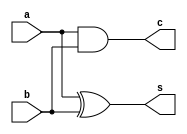
module half_adder(a, b, s, c); 
  input a,b;
  output s,c;

  xor x1(s,a,b);
  and a1(c,a,b);
endmodule

module full_adder(a, b, sum, cin, cout);
  input a,b,cin;
  output sum,cout;
  wire x,y,z;
  
  half_adder h1(a, b, x, y);
  half_adder h2(x, cin, sum, z);
  or o1(cout,y,z);
endmodule

module add_64 (a, b, sum, overflow);
    
    input signed [63:0] a, b;
    output signed [63:0] sum;
    output overflow; 
    wire [64:0] carry;
    assign carry[0] = 1'b0;
    //assign overflow = 1'b0;
    genvar i;
    generate for(i = 0; i < 64; i = i+1) begin
        full_adder n(a[i], b[i], sum[i], carry[i], carry[i+1]);
    end
    endgenerate
    xor x1(overflow, carry[64], carry[63]);
    
endmodule
/*
module CLA(a, b, res, cin, carry, g, p);

    n = 64;
    input [63:0] a, b;
    input cin, Clk;
    output cout;
    output [63:0] res, g, p, carry;
    wire [2079:0] w;

    always @(posedge Clk) begin
        
        for(i = 0; i < n; i = i+1) begin
            and (g[i], a[i], b[i]);
            xor (p[i], a[i], b[i]);
        end

        and(w[0], p[0], cin);
        or(carry[0], g[0], w[0]);

        and(w[1], p[1], p[0], cin);
        and(w[2], p[1], g[0]);
        or(carry[1], w[1], w[2], g[1]);

        and(w[3], p[2], p[1], p[0], cin);
        and(w[4], p[2], p[1], g[0]);
        and(w[5], p[2], g[1]);
        or(carry[2], w[3], w[4], w[5], g[2]);

        and(w[6], p[3], p[2], p[1], p[0], cin);
        and(w[7], p[3], p[2], p[1], g[0]);
        and(w[8], p[3], p[2], g[1]);
        and(w[9], p[3], g[2]);
        or(carry[3], w[6], w[7], w[8], w[9], g[3]);

        and(w[10], p[4], p[3], p[2], p[1], p[0], cin);
        and(w[11], p[4], p[3], p[2], p[1], g[0]);
        and(w[12], p[4], p[3], p[2], g[1]);
        and(w[13], p[4], p[3], g[2]);
        and(w[14], p[4], g[3]);
        or(carry[4], w[10], w[11], w[12], w[13], w[14], g[4]);

        and(w[15], p[5], p[4], p[3], p[2], p[1], p[0], cin);
        and(w[16], p[5], p[4], p[3], p[2], p[1], g[0]);
        and(w[17], p[5], p[4], p[3], p[2], g[1]);
        and(w[18], p[5], p[4], p[3], g[2]);
        and(w[19], p[5], p[4], g[3]);
        and(w[20], p[5], g[4]);
        or(carry[5], w[15], w[16], w[17], w[18], w[19], w[20], g[5]);

        xor(res[0], p[0], cin);
        xor(res[1], p[1], carry[0]);
        xor(res[2], p[2], carry[1]);
        xor(res[3], p[3], carry[2]);
    end
endmodule
*/